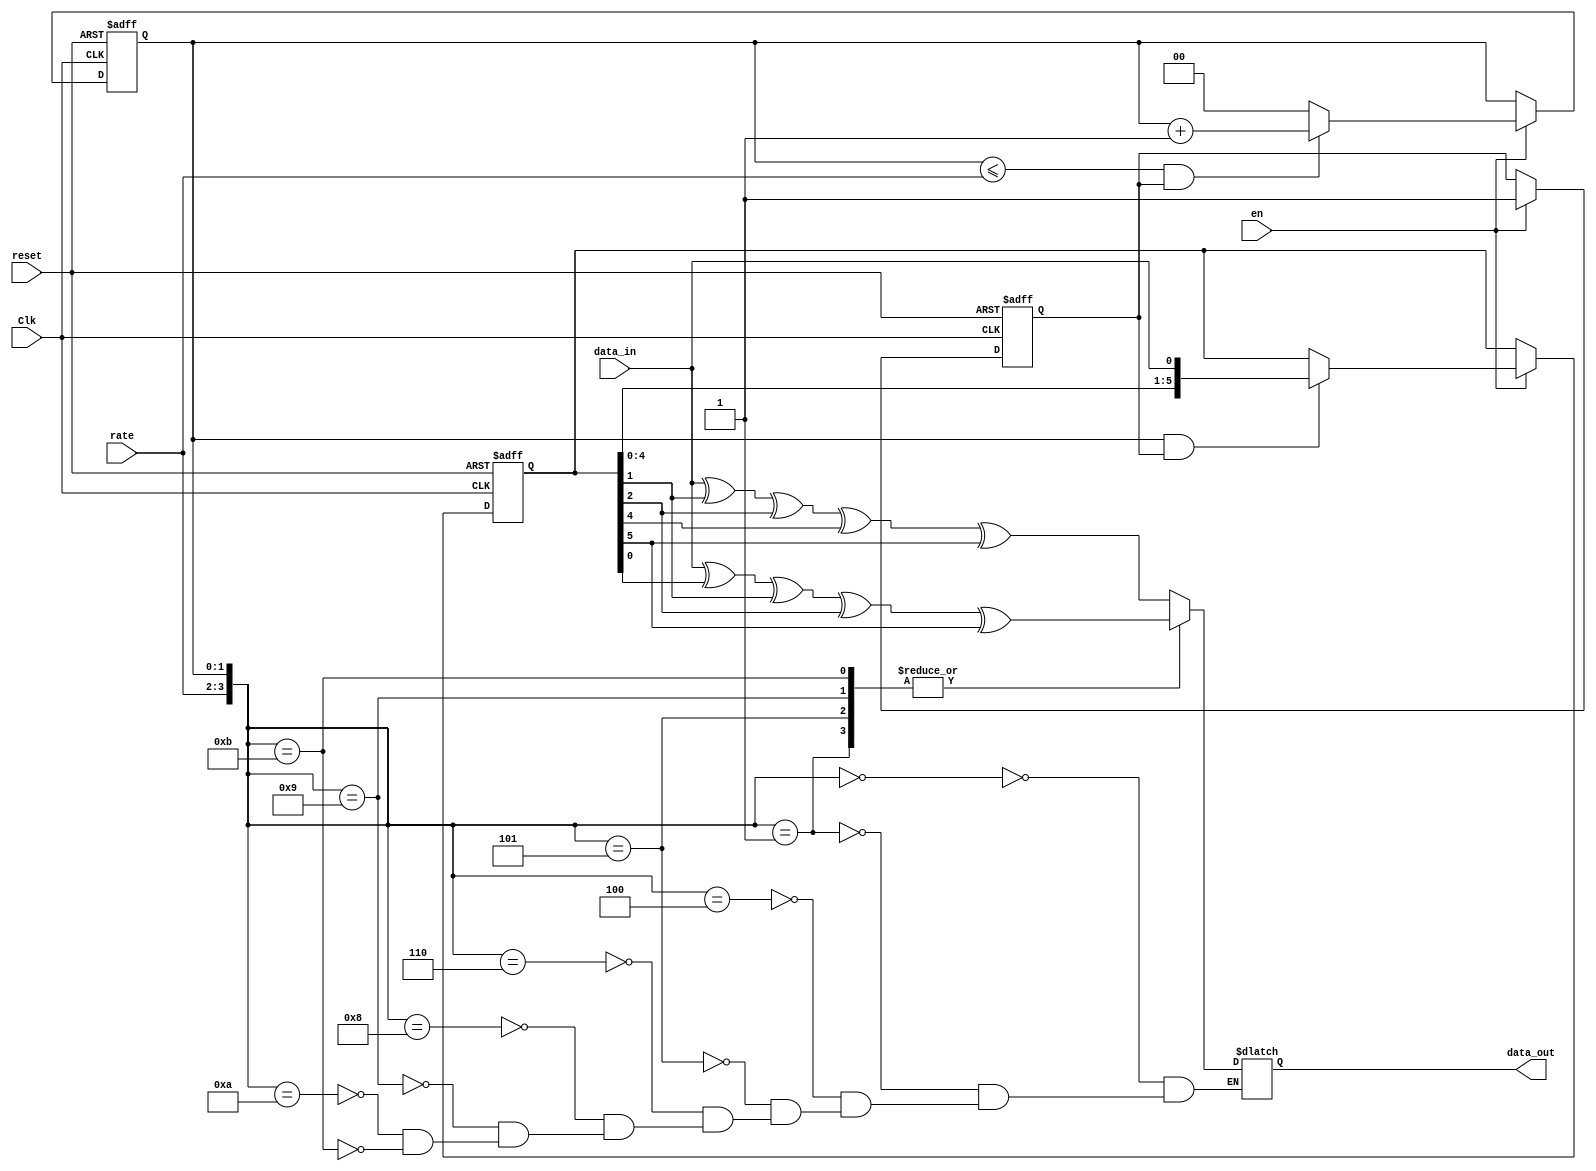
`timescale 1ns / 1ps
//////////////////////////////////////////////////////////////////////////////////
// Company: 
// Engineer: 
// 
// Design Name: 
// Module Name:    encode 
// Project Name: 
// Target Devices: 
// Tool versions: 
// Description: 
//
// Dependencies: 
//
// Revision: 
// Revision 0.01 - File Created
// Additional Comments: 
//
//////////////////////////////////////////////////////////////////////////////////
`timescale 1ns / 1ps
module encoder(
	data_in,
	data_out,
	Clk,
	reset,
	rate,
	en
);
	input data_in;
	input Clk;
	input reset;
	input [1:0]rate;// 0: rate = 1/2  1: rate = 2/3  
	input en;
	output reg data_out;
	reg [1:0] counter=2'b0;
	
	reg [6:1]data_reg = 6'b000000;
	reg [1:0] delay;
	wire A;
	wire B;
	reg  flag_reset;

	assign A = data_in ^ data_reg[2] ^ data_reg[3] ^ data_reg[5] ^ data_reg[6];
	assign B = data_in ^ data_reg[1] ^ data_reg[2] ^ data_reg[3] ^ data_reg[6];
	
	always @(posedge Clk , negedge reset)
	begin
	
		if(!reset) begin
			data_reg <= 6'b000000;
			counter = 2'b00;
			flag_reset <= 0;
			end
		else if(en)
				begin
                    flag_reset <= 1;

                    if(counter && flag_reset)begin
                        data_reg <= {data_reg[5:1],data_in};
                    end

                    if((counter<=rate) && flag_reset)begin
                        counter <= counter + 1 ;
                    end

                    else
                    begin
                        counter <= 0;
                    end

			    end
	end

    always @(*) begin
        case ({rate , counter})

            //rate = 1/2
            {2'd0 , 2'd0}: data_out = A;
            {2'd0 , 2'd1}: data_out = B;
            //rate = 2/3
            {2'd1 , 2'd0}: data_out = A;
            {2'd1 , 2'd1}: data_out = B;
            {2'd1 , 2'd2}: data_out = A;
            //rate = 3/4
            {2'd2 , 2'd0}: data_out = A;
            {2'd2 , 2'd1}: data_out = B;
            {2'd2 , 2'd2}: data_out = A;
            {2'd2 , 2'd3}: data_out = B;
            
        endcase        
    end


	endmodule